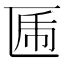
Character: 𠥃